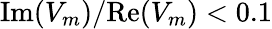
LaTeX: \mathrm{Im}(V_{m})/\mathrm{Re}(V_{m})<0.1